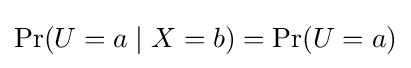
\Pr(U=a\mid X=b)=\Pr(U=a)